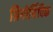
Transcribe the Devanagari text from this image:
ग्रिगोर्यिविक